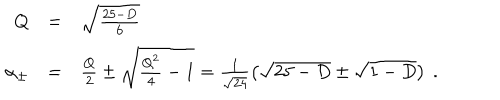
\begin{array} { r c l } { { Q } } & { { = } } & { { \sqrt { \frac { 2 5 - D } { 6 } } } } \\ { { \alpha _ { \pm } } } & { { = } } & { { \frac { Q } { 2 } \pm \sqrt { \frac { Q ^ { 2 } } { 4 } - 1 } = \frac { 1 } { \sqrt { 2 4 } } \left( \sqrt { 2 5 - D } \pm \sqrt { 1 - D } \right) \ . } } \\ \end{array}